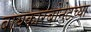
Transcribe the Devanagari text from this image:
बायकारबोनेटच्या